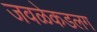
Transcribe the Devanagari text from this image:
जवळेकडलग